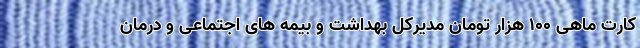
کارت‌ ماهی ۱۰۰ هزار تومان مدیرکل بهداشت و بیمه های اجتماعی و درمان